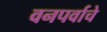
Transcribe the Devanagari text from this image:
वनपर्वाचे